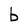
Character: b